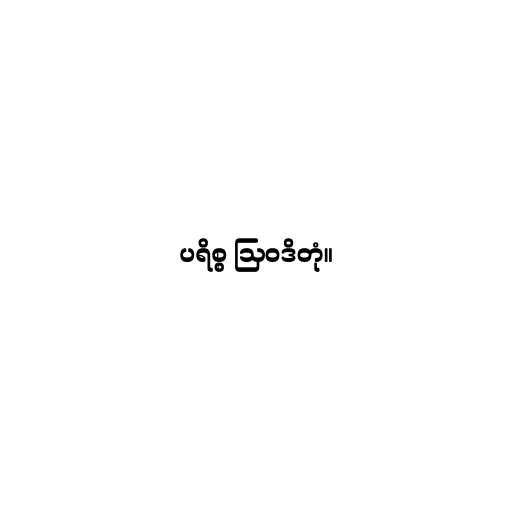
ပရိစ္စ ဩဝဒိတုံ။